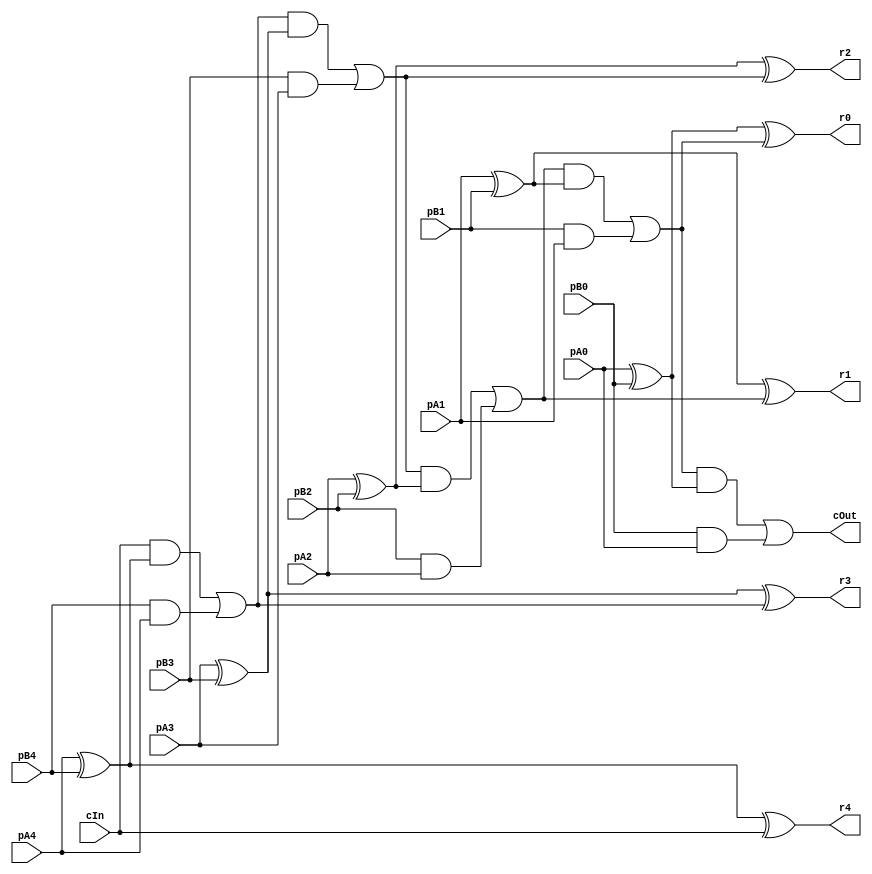
module CRippleCarryAdder_5_5_5_InOutT(pA4,pA3,pA2,pA1,pA0, pB4,pB3,pB2,pB1,pB0, r4,r3,r2,r1,r0, cIn, cOut);

input pA4,pA3,pA2,pA1,pA0, pB4,pB3,pB2,pB1,pB0, cIn;
output r4,r3,r2,r1,r0, cOut;
wire w1, w2, w3, w4, w5, w6, w7, w8, w9, w10, w11, w12, w13, w14, w15, w16, w17, w18, w19, w20, w21, w22, w23, w24, w25, w26, w27, w28, w29, w30, w31, w32, w33, w34, w35, w36, w37;

assign w1 = pA4;
assign w2 = pA3;
assign w3 = pA2;
assign w4 = pA1;
assign w5 = pA0;
assign w6 = pB4;
assign w7 = pB3;
assign w8 = pB2;
assign w9 = pB1;
assign w10 = pB0;
assign r4 = w11;
assign r3 = w12;
assign r2 = w13;
assign r1 = w14;
assign r0 = w15;
assign w17 = cIn;
assign cOut = w16;

assign w20 = w1 ^ w6;
assign w11 = w20 ^ w17;
assign w21 = w17 & w20;
assign w22 = w6 & w1;
assign w19 = w21 | w22;
assign w24 = w2 ^ w7;
assign w12 = w24 ^ w19;
assign w25 = w19 & w24;
assign w26 = w7 & w2;
assign w23 = w25 | w26;
assign w28 = w3 ^ w8;
assign w13 = w28 ^ w23;
assign w29 = w23 & w28;
assign w30 = w8 & w3;
assign w27 = w29 | w30;
assign w32 = w4 ^ w9;
assign w14 = w32 ^ w27;
assign w33 = w27 & w32;
assign w34 = w9 & w4;
assign w31 = w33 | w34;
assign w35 = w5 ^ w10;
assign w15 = w35 ^ w31;
assign w36 = w31 & w35;
assign w37 = w10 & w5;
assign w16 = w36 | w37;

endmodule